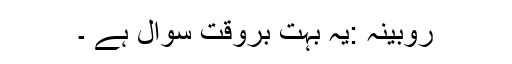
روبینہ :یہ بہت بروقت سوال ہے ۔